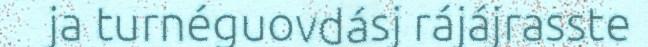
ja turnéguovdásj rájájrasste